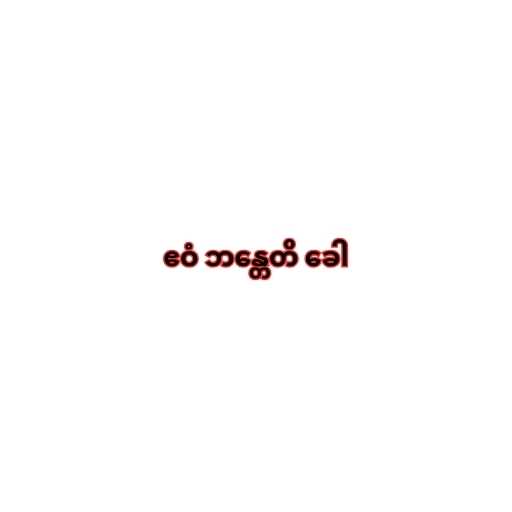
ဧဝံ ဘန္တေတိ ခေါ